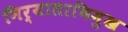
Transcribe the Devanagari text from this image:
निर्याताभिमुख